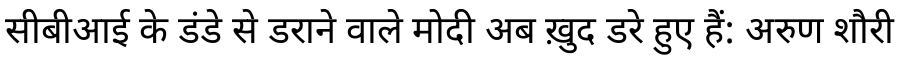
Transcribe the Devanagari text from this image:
सीबीआई के डंडे से डराने वाले मोदी अब ख़ुद डरे हुए हैं: अरुण शौरी